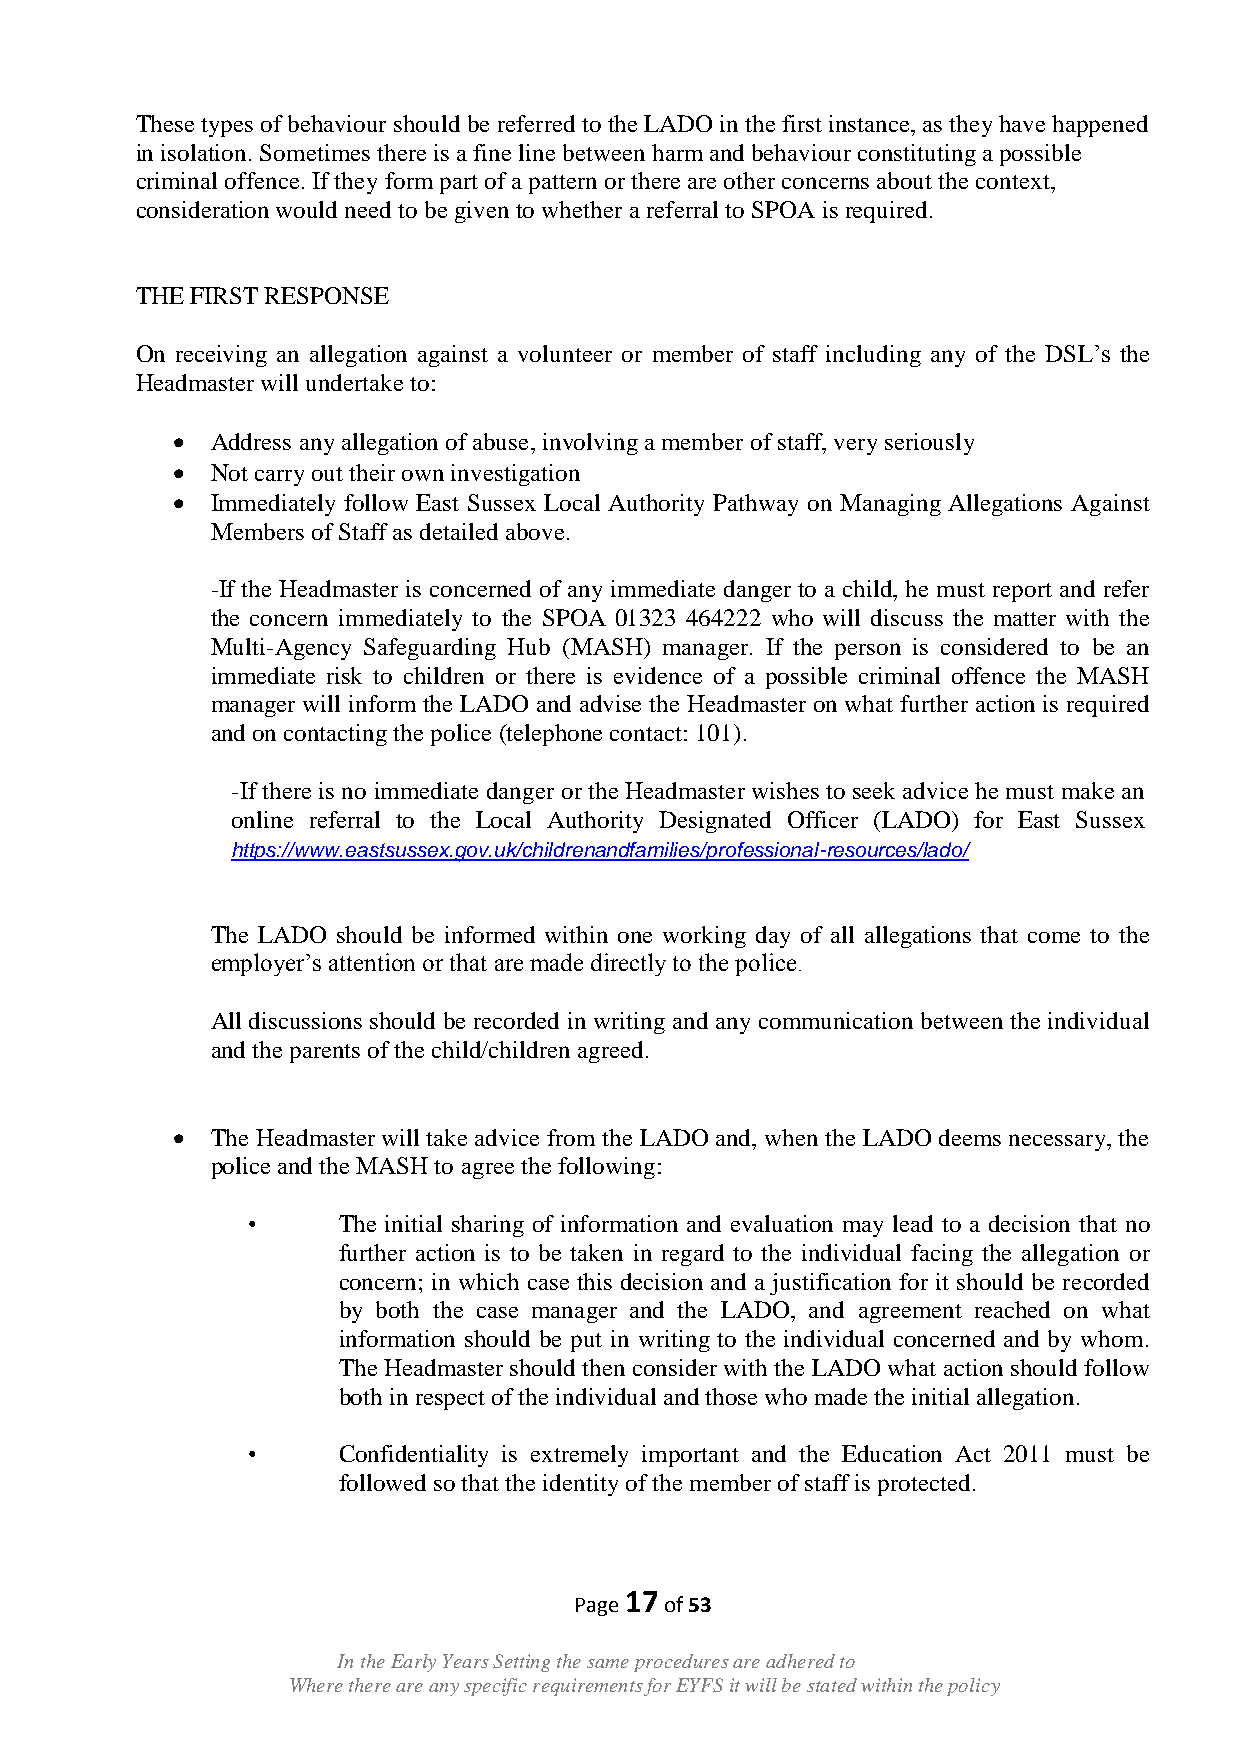
These types of behaviour should be referred to the LADO in the first instance, as they have happened
 in isolation. Sometimes there is a fine line between harm and behaviour constituting a possible
 criminal offence. If they form part of a pattern or there are other concerns about the context,
 consideration would need to be given to whether a referral to SPOA is required.
 THE FIRST RESPONSE
 On receiving an allegation against a volunteer or member of staff including any of the DSL‟s the
 Headmaster will undertake to:
   Address any allegation of abuse, involving a member of staff, very seriously
   Not carry out their own investigation
   Immediately follow East Sussex Local Authority Pathway on Managing Allegations Against
 Members of Staff as detailed above.
 -If the Headmaster is concerned of any immediate danger to a child, he must report and refer
 the concern immediately to the SPOA 01323 464222 who will discuss the matter with the
 Multi-Agency Safeguarding Hub (MASH) manager. If the person is considered to be an
 immediate risk to children or there is evidence of a possible criminal offence the MASH
 manager will inform the LADO and advise the Headmaster on what further action is required
 and on contacting the police (telephone contact: 101).
 -If there is no immediate danger or the Headmaster wishes to seek advice he must make an
 online referral to the Local Authority Designated Officer (LADO) for East Sussex
 https://www.eastsussex.gov.uk/childrenandfamilies/professional-resources/lado/
 The LADO should be informed within one working day of all allegations that come to the
 employer‟s attention or that are made directly to the police.
 All discussions should be recorded in writing and any communication between the individual
 and the parents of the child/children agreed.
   The Headmaster will take advice from the LADO and, when the LADO deems necessary, the
 police and the MASH to agree the following:
 •     The initial sharing of information and evaluation may lead to a decision that no
 further action is to be taken in regard to the individual facing the allegation or
 concern; in which case this decision and a justification for it should be recorded
 by both the case manager and the LADO, and agreement reached on what
 information should be put in writing to the individual concerned and by whom.
 The Headmaster should then consider with the LADO what action should follow
 both in respect of the individual and those who made the initial allegation.
 •     Confidentiality is extremely important and the Education Act 2011 must be
 followed so that the identity of the member of staff is protected.
 17
 Page  of 53
 In the Early Years Setting the same procedures are adhered to
 Where there are any specific requirements for EYFS it will be stated within the policy